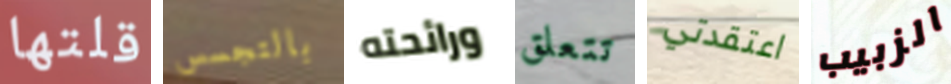
قلتها بالتجسس ورائحته تتعلق اعتقدتي الزبيب